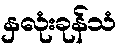
နှလုံးခုန်သံ